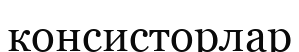
консисторлар